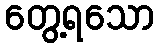
တွေ့ရသော